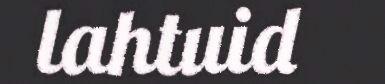
lahtuid